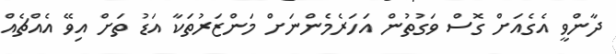
ދާންވީ އެގެއަށް ގޮސް ވަގުތުން އަހަރެމެންނަށް މަންޒަރުތަކާ އަޑު ތަށް އިވޭ އެއްޗެއް